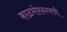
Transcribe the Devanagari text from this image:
काळभोरनगरची